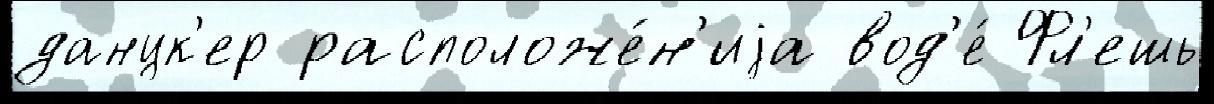
данцк'ер расположе́н'иjа вод'е́ Фл'ешь